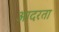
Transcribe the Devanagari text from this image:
आदरता